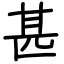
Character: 甚